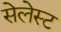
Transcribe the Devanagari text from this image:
सेलेस्ट